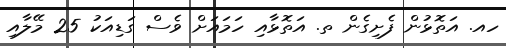
ހއ. އަތޮޅުން ފެށިގެން ތ. އަތޮޅާއި ހަމައަށް ވެސް ގަޑިއަކު 25 މޭލާއި